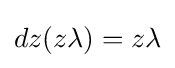
dz(z\lambda )=z\lambda